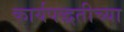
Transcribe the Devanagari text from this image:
कार्यपद्धतीच्या